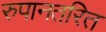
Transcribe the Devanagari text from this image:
रुपानतरित